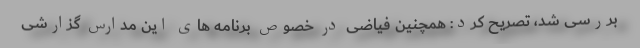
بررسی شد، تصریح کرد: همچنین فیاضی در خصوص برنامه های این مدارس گزارشی